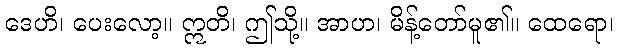
ဒေဟိ၊ ပေးလော့။ ဣတိ၊ ဤသို့။ အာဟ၊ မိန့်တော်မူ၏။ ထေရော၊